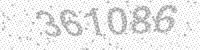
Solution: 361086